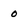
Character: 0